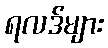
ရလဒ်များ